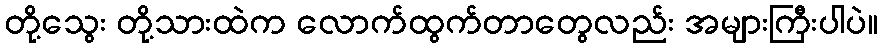
တို့သွေး တို့သားထဲက လောက်ထွက်တာတွေလည်း အများကြီးပါပဲ။